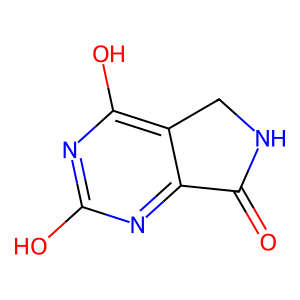
SMILES: O=C1NCc2c(O)nc(O)nc21
Inhibits HIV replication: No